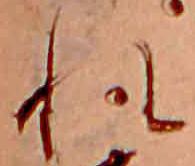
れ